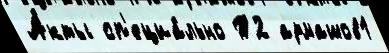
А́кты сп'ециа́льно Т2 армашов1